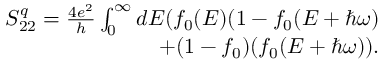
\begin{array} { r } { { S _ { 2 2 } ^ { q } = \frac { 4 e ^ { 2 } } { h } \int _ { 0 } ^ { \infty } d E ( f _ { 0 } ( E ) ( 1 - f _ { 0 } ( E + \hbar \omega ) } } \\ { { + ( 1 - f _ { 0 } ) ( f _ { 0 } ( E + \hbar \omega ) ) } . } \end{array}